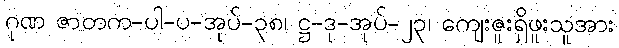
ဂုဏ ဇာတက-ပါ-ပ-အုပ်-၃၈၊ ဋ္ဌ-ဒု-အုပ်-၂၃၊ ကျေးဇူးရှိဖူးသူအား